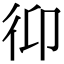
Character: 𢓋